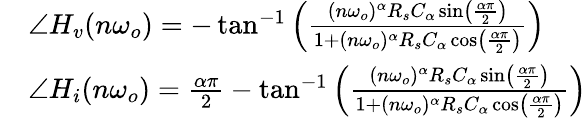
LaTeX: \begin{array}{rl}&{\angle H_{v}(n\omega_{o})=-\tan^{-1}\left(\frac{(n\omega_{o})^{\alpha}R_{s}C_{\alpha}\sin\left(\frac{\alpha\pi}{2}\right)}{1+(n\omega_{o})^{\alpha}R_{s}C_{\alpha}\cos\left(\frac{\alpha\pi}{2}\right)}\right)}\\ &{\angle H_{i}(n\omega_{o})=\frac{\alpha\pi}{2}-\tan^{-1}\left(\frac{(n\omega_{o})^{\alpha}R_{s}C_{\alpha}\sin\left(\frac{\alpha\pi}{2}\right)}{1+(n\omega_{o})^{\alpha}R_{s}C_{\alpha}\cos\left(\frac{\alpha\pi}{2}\right)}\right)}\end{array}